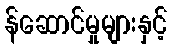
န်ဆောင်မှုများနှင့်